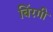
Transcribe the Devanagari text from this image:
बिंरगी